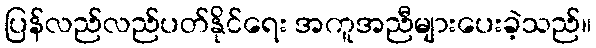
ပြန်လည်လည်ပတ်နိုင်ရေး အကူအညီများပေးခဲ့သည်။